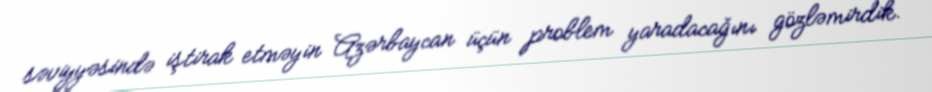
səviyyəsində iştirak etməyin Azərbaycan üçün problem yaradacağını gözləmirdik.